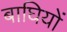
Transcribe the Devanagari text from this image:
बाघियों